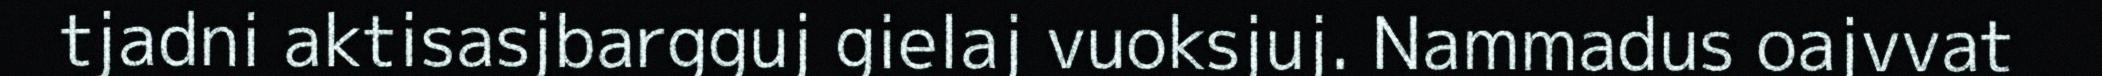
tjadni aktisasjbargguj gielaj vuoksjuj. Nammadus oajvvat